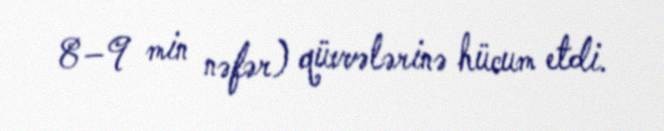
8–9 min nəfər) qüvvələrinə hücum etdi.